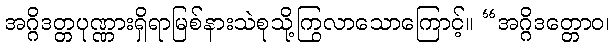
အဂ္ဂိဒတ္တပုဏ္ဏားရှိရာမြစ်နားသဲစုသို့ကြွလာသောကြောင့်။ “အဂ္ဂိဒတ္တောဝ၊